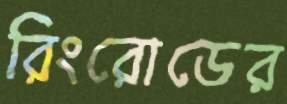
রিংরোডের